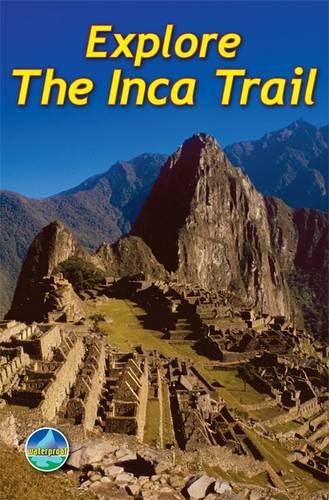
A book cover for Explore the Inca Trail; Jacquetta Megarry; Travel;